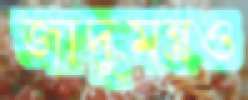
জাদুমন্ত্রও